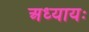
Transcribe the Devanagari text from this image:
अध्यायः